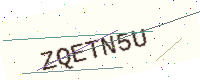
Text: ZQETN5U